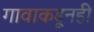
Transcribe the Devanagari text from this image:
गावाकडूनही